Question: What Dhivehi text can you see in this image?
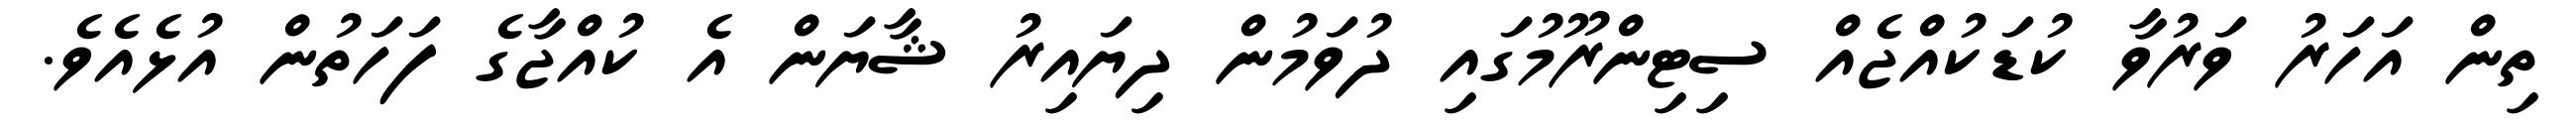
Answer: ތިން އަހަރު ވަރުވާ ކުޑަކުއްޖެއް ސިޓިންރޫމުގައި ދުވަމުން ދިޔައިރު ޝާޔަން އެ ކުއްޖާގެ ފަހަތުން އުޅެއެވެ.